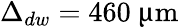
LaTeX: \Delta_{dw}=460~\upmu\textrm{m}